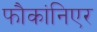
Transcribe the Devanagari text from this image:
फौकांनिएर